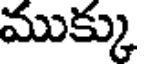
ముక్కు